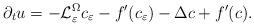
LaTeX: \begin{align*}\partial_tu = - \mathcal{L}^\Omega_\varepsilon c_\varepsilon -f^\prime(c_\varepsilon) - \Delta c + f^\prime(c).\end{align*}